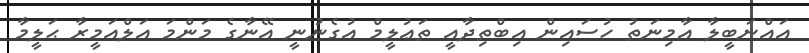
އައްނަބީލާ އާމިނަތު ހުސައިން އިބްތިދާއީ ތަޢުލީމް އުގެނުނީ އޭނާގެ މަންމަ އަލްއަމީރާ ޙަލީމާ